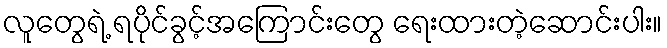
လူတွေရဲ့ ရပိုင်ခွင့်အကြောင်းတွေ ရေးထားတဲ့ဆောင်းပါး။